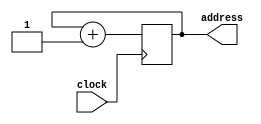
module pc

//inputs and outputs
(clock, address);
input clock;

//creating a register
reg [31:0] counter;

output [31:0] address;

//init counter with 0
initial begin
  counter = 32'b00000000000000000000000000000000;
 end

//always when clock fall counter++
always @(negedge clock) begin
 counter = counter + 32'b00000000000000000000000000000001;
end

//next index of instruction
assign address = counter;

endmodule